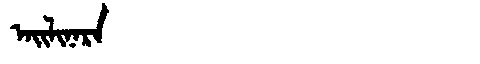
Manchu: ᠠᡳᠯᡳᠨᠠᡵᠠ
Romanization: AILINARA